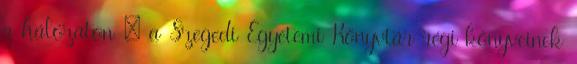
a hálózaton : a Szegedi Egyetemi Könyvtár régi könyveinek